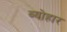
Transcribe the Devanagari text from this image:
व्योहार